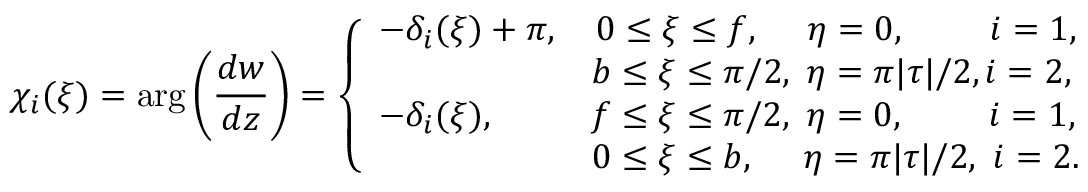
\chi _ { i } ( \xi ) = \arg \left( \frac { d w } { d z } \right) = \left\{ { \begin{array} { l } { - \delta _ { i } ( \xi ) + \pi , \quad 0 \leq \xi \leq f , \quad \, \, \eta = 0 , \quad \quad \, \, i = 1 , } \\ { \qquad \qquad \qquad b \leq \xi \leq \pi / 2 , \, \, \eta = \pi | \tau | / 2 , i = 2 , } \\ { - \delta _ { i } ( \xi ) , \quad \quad \, \, \, \, f \leq \xi \leq \pi / 2 , \, \, \eta = 0 , \quad \quad \, \, i = 1 , } \\ { \qquad \qquad \qquad 0 \leq \xi \leq b , \, \, \quad \eta = \pi | \tau | / 2 , \, \, i = 2 . } \end{array} } \right.